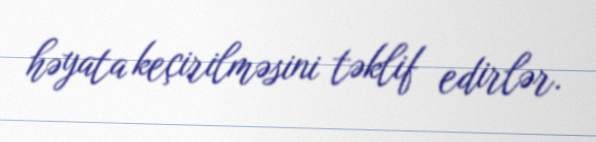
həyata keçirilməsini təklif edirlər.